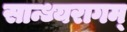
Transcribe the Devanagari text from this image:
सान्ध्यरागम्